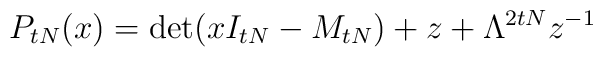
P_{tN}(x) = \det( xI_{tN} - M_{tN}) + z + \Lambda^{2tN} z^{-1}